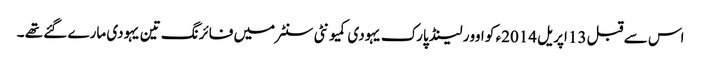
اس سے قبل 13 اپریل 2014ء کو اوور لینڈ پارک یہودی کمیونٹی سنٹر میں فائرنگ تین یہودی مارے گئے تھے ۔